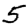
Digit: 5